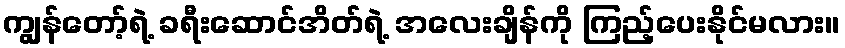
ကျွန်တော့်ရဲ့ ခရီးဆောင်အိတ်ရဲ့ အလေးချိန်ကို ကြည့်ပေးနိုင်မလား။